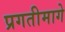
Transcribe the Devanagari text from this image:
प्रगतीमागे